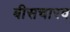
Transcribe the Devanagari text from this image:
बीसचारव